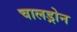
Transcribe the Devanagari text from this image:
चालड्रोन